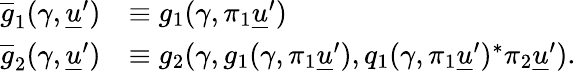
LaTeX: \begin{array}{rl}{\overline{{g}}_{1}(\gamma,\underline{{u}}^{\prime})}&{\equiv g_{1}(\gamma,\pi_{1}\underline{{u}}^{\prime})}\\ {\overline{{g}}_{2}(\gamma,\underline{{u}}^{\prime})}&{\equiv g_{2}(\gamma,g_{1}(\gamma,\pi_{1}\underline{{u}}^{\prime}),q_{1}(\gamma,\pi_{1}\underline{{u}}^{\prime})^{*}\pi_{2}\underline{{u}}^{\prime}).}\end{array}